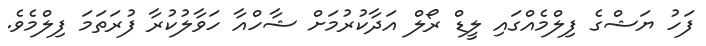
ފަހު ޔަޝްގެ ފިލްމެއްގައި ލީޑް ރޯލް އަދާކުރުމަށް ޝާހްއާ ހަވާލުކުރާ ފުރަތަމަ ފިލްމެވެ.